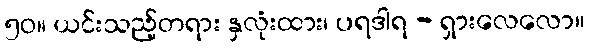
၅၀။ ယင်းသည့်တရား နှလုံးထား၊ ပရဒါရ - ရှားလေလော။